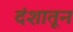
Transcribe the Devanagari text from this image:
दंशातून